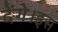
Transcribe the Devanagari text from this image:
देंगे।इस